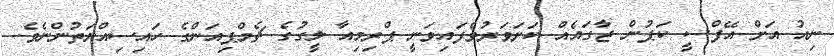
ނިއު އަށް އޭފްސީ ކަޕުން ޖާގައެއް ކަށަވަރުވެފައިވަނީ ޕްރިމިއާ ލީގުގެ ޗެމްޕިއަންގެ ހައިސިއްޔަތުންނެވެ.